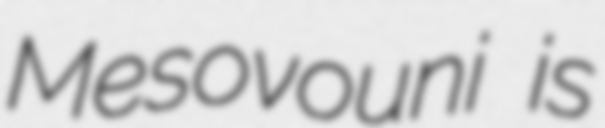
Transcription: Mesovouni is